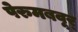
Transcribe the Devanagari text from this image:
पेरुमबवूर्